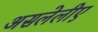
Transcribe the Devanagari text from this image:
असलेलीए